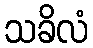
သခိလံ